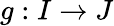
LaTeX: g:I\to J